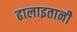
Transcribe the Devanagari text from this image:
ढालाइतानी